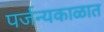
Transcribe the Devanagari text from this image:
पर्जन्यकाळात